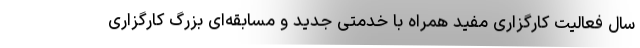
سال فعالیت کارگزاری مفید همراه با خدمتی جدید و مسابقه‌ای بزرگ کارگزاری